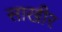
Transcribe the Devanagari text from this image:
साखीर